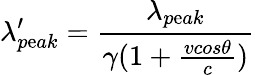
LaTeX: \lambda_{p\mathrm{e}ak}^{\prime}=\frac{{\lambda_{p\mathrm{e}ak}}}{{\gamma(1+\frac{{vcos\theta}}{{c}})}}